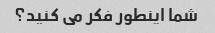
شما اینطور فکر می کنید؟